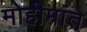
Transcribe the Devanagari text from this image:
मोहीमांत